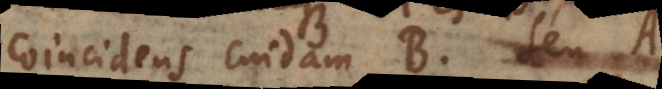
coincidens cuidam B seu A